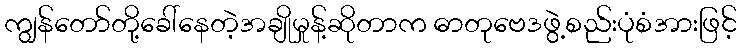
ကျွန်တော်တို့ခေါ်နေတဲ့အချိုမှုန့်ဆိုတာက ဓာတုဗေဒဖွဲ့စည်းပုံစံအားဖြင့်